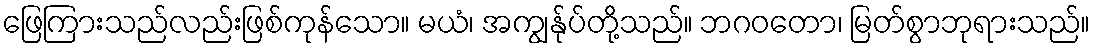
ဖြေကြားသည်လည်းဖြစ်ကုန်သော။ မယံ၊ အကျွန်ုပ်တို့သည်။ ဘဂဝတော၊ မြတ်စွာဘုရားသည်။